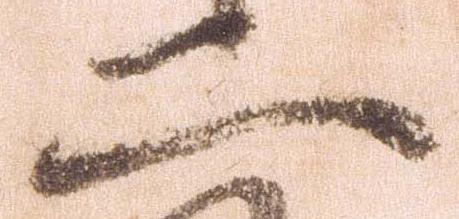
二